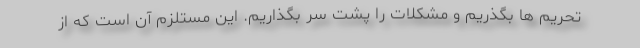
تحریم ها بگذریم و مشکلات را پشت سر بگذاریم. این مستلزم آن است که از